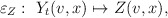
\begin{align*}\varepsilon_{Z}:\ Y_t(v,x) \mapsto Z(v,x),\end{align*}